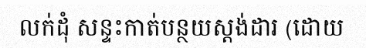
លក់ដុំ សន្ទះកាត់បន្ថយស្តង់ដារ (ដោយ